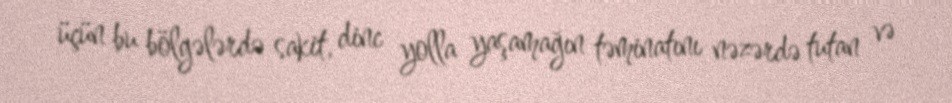
üçün bu bölgələrdə sakit, dinc yolla yaşamağın təminatını nəzərdə tutan və